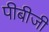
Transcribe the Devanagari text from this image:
पीबीजी